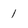
Character: 1